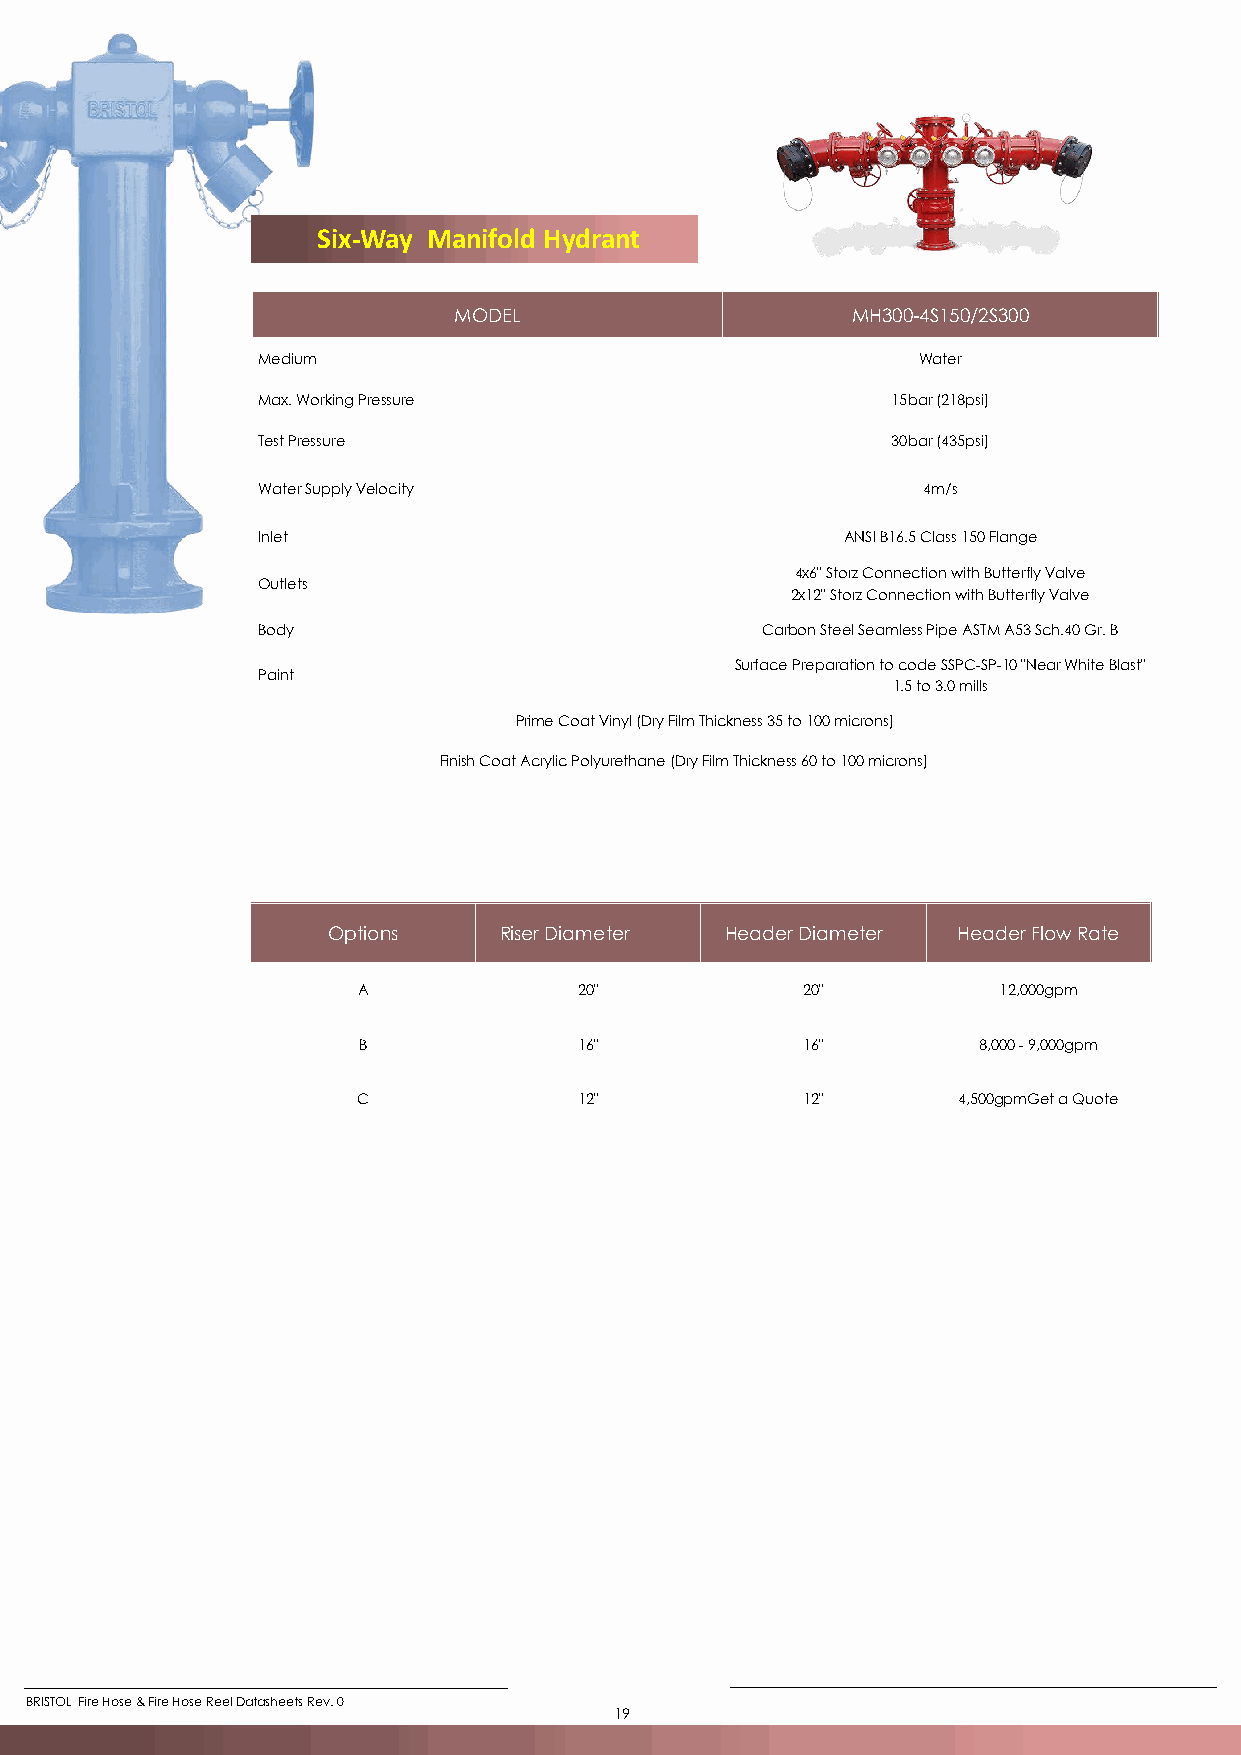
Six-Way Manifold Hydrant
 MODEL                     MH300-4S150/2S300
 Medium                                      Water
 Max. Working Pressure                     15bar (218psi)
 Test Pressure                             30bar (435psi)
 Water Supply Velocity                       4m/s
 Inlet                                  ANSI B16.5 Class 150 Flange
 4x6" Storz Connection with Butterfly Valve
 Outlets
 2x12" Storz Connection with Butterfly Valve
 Body                             Carbon Steel Seamless Pipe ASTM A53 Sch.40 Gr. B
 Surface Preparation to code SSPC-SP-10 "Near White Blast"
 Paint
 1.5 to 3.0 mills
 Prime Coat Vinyl (Dry Film Thickness 35 to 100 microns)
 Finish Coat Acrylic Polyurethane (Dry Film Thickness 60 to 100 microns)
 Options    Riser Diameter Header Diameter Header Flow Rate
 A             20"            20"          12,000gpm
 B             16"            16"         8,000 - 9,000gpm
 C             12"            12"       4,500gpmGet a Quote
 BRISTOL Fire Hose & Fire Hose Reel Datasheets Rev. 0
 19